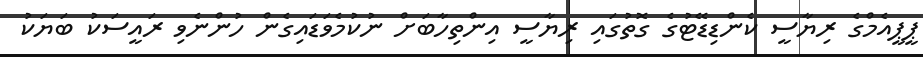
ޕީޕީއެމްގެ ރިޔާސީ ކެންޑިޑޭޓުގެ ގޮތުގައި ރިޔާސީ އިންތިހާބަށް ނުކުމެވަޑައިގެން ހުންނެވި ރައީސަކު ބަޔަކު